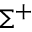
\Sigma ^ { + }